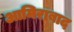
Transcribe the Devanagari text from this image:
आमिराबाद